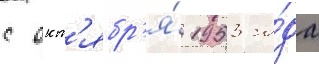
с окт'ябр'я́ 1953 го́да